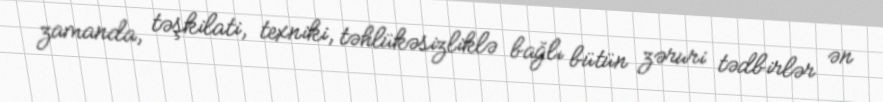
zamanda, təşkilati, texniki, təhlükəsizliklə bağlı bütün zəruri tədbirlər ən